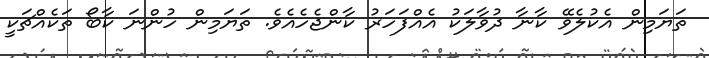
ތަޔަމިން އެކުލެވޭ ކާނާ ދުވާލަކު އެއްފަހަރު ކާންޖެހެއެވެ. ތަޔަމިން ހުންނަ ކާބޯ ތަކެއްޗަކީ